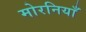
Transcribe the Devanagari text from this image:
मोरनियाँ